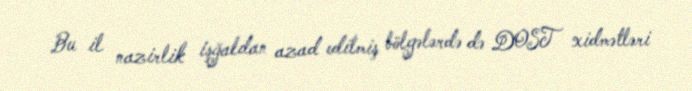
Bu il nazirlik işğaldan azad edilmiş bölgələrdə də DOST xidmətləri